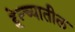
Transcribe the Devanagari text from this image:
हेन्च्यातील